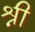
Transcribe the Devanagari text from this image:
श्नी